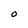
Character: O